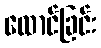
ထောင်ခြင်း